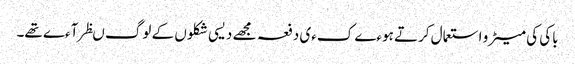
باکی کی میٹرو استعمال کرتے ہوءے کءی دفعہ مجھے دیسی شکلوں کے لوگ ںظر آءے تھے۔